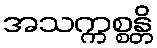
အသက္ကစ္စန္တိ